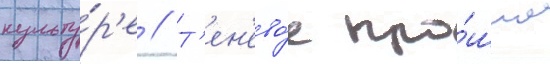
культу́р'е // Т'ен'ево́е про́шлое